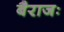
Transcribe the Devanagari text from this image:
बैराजः